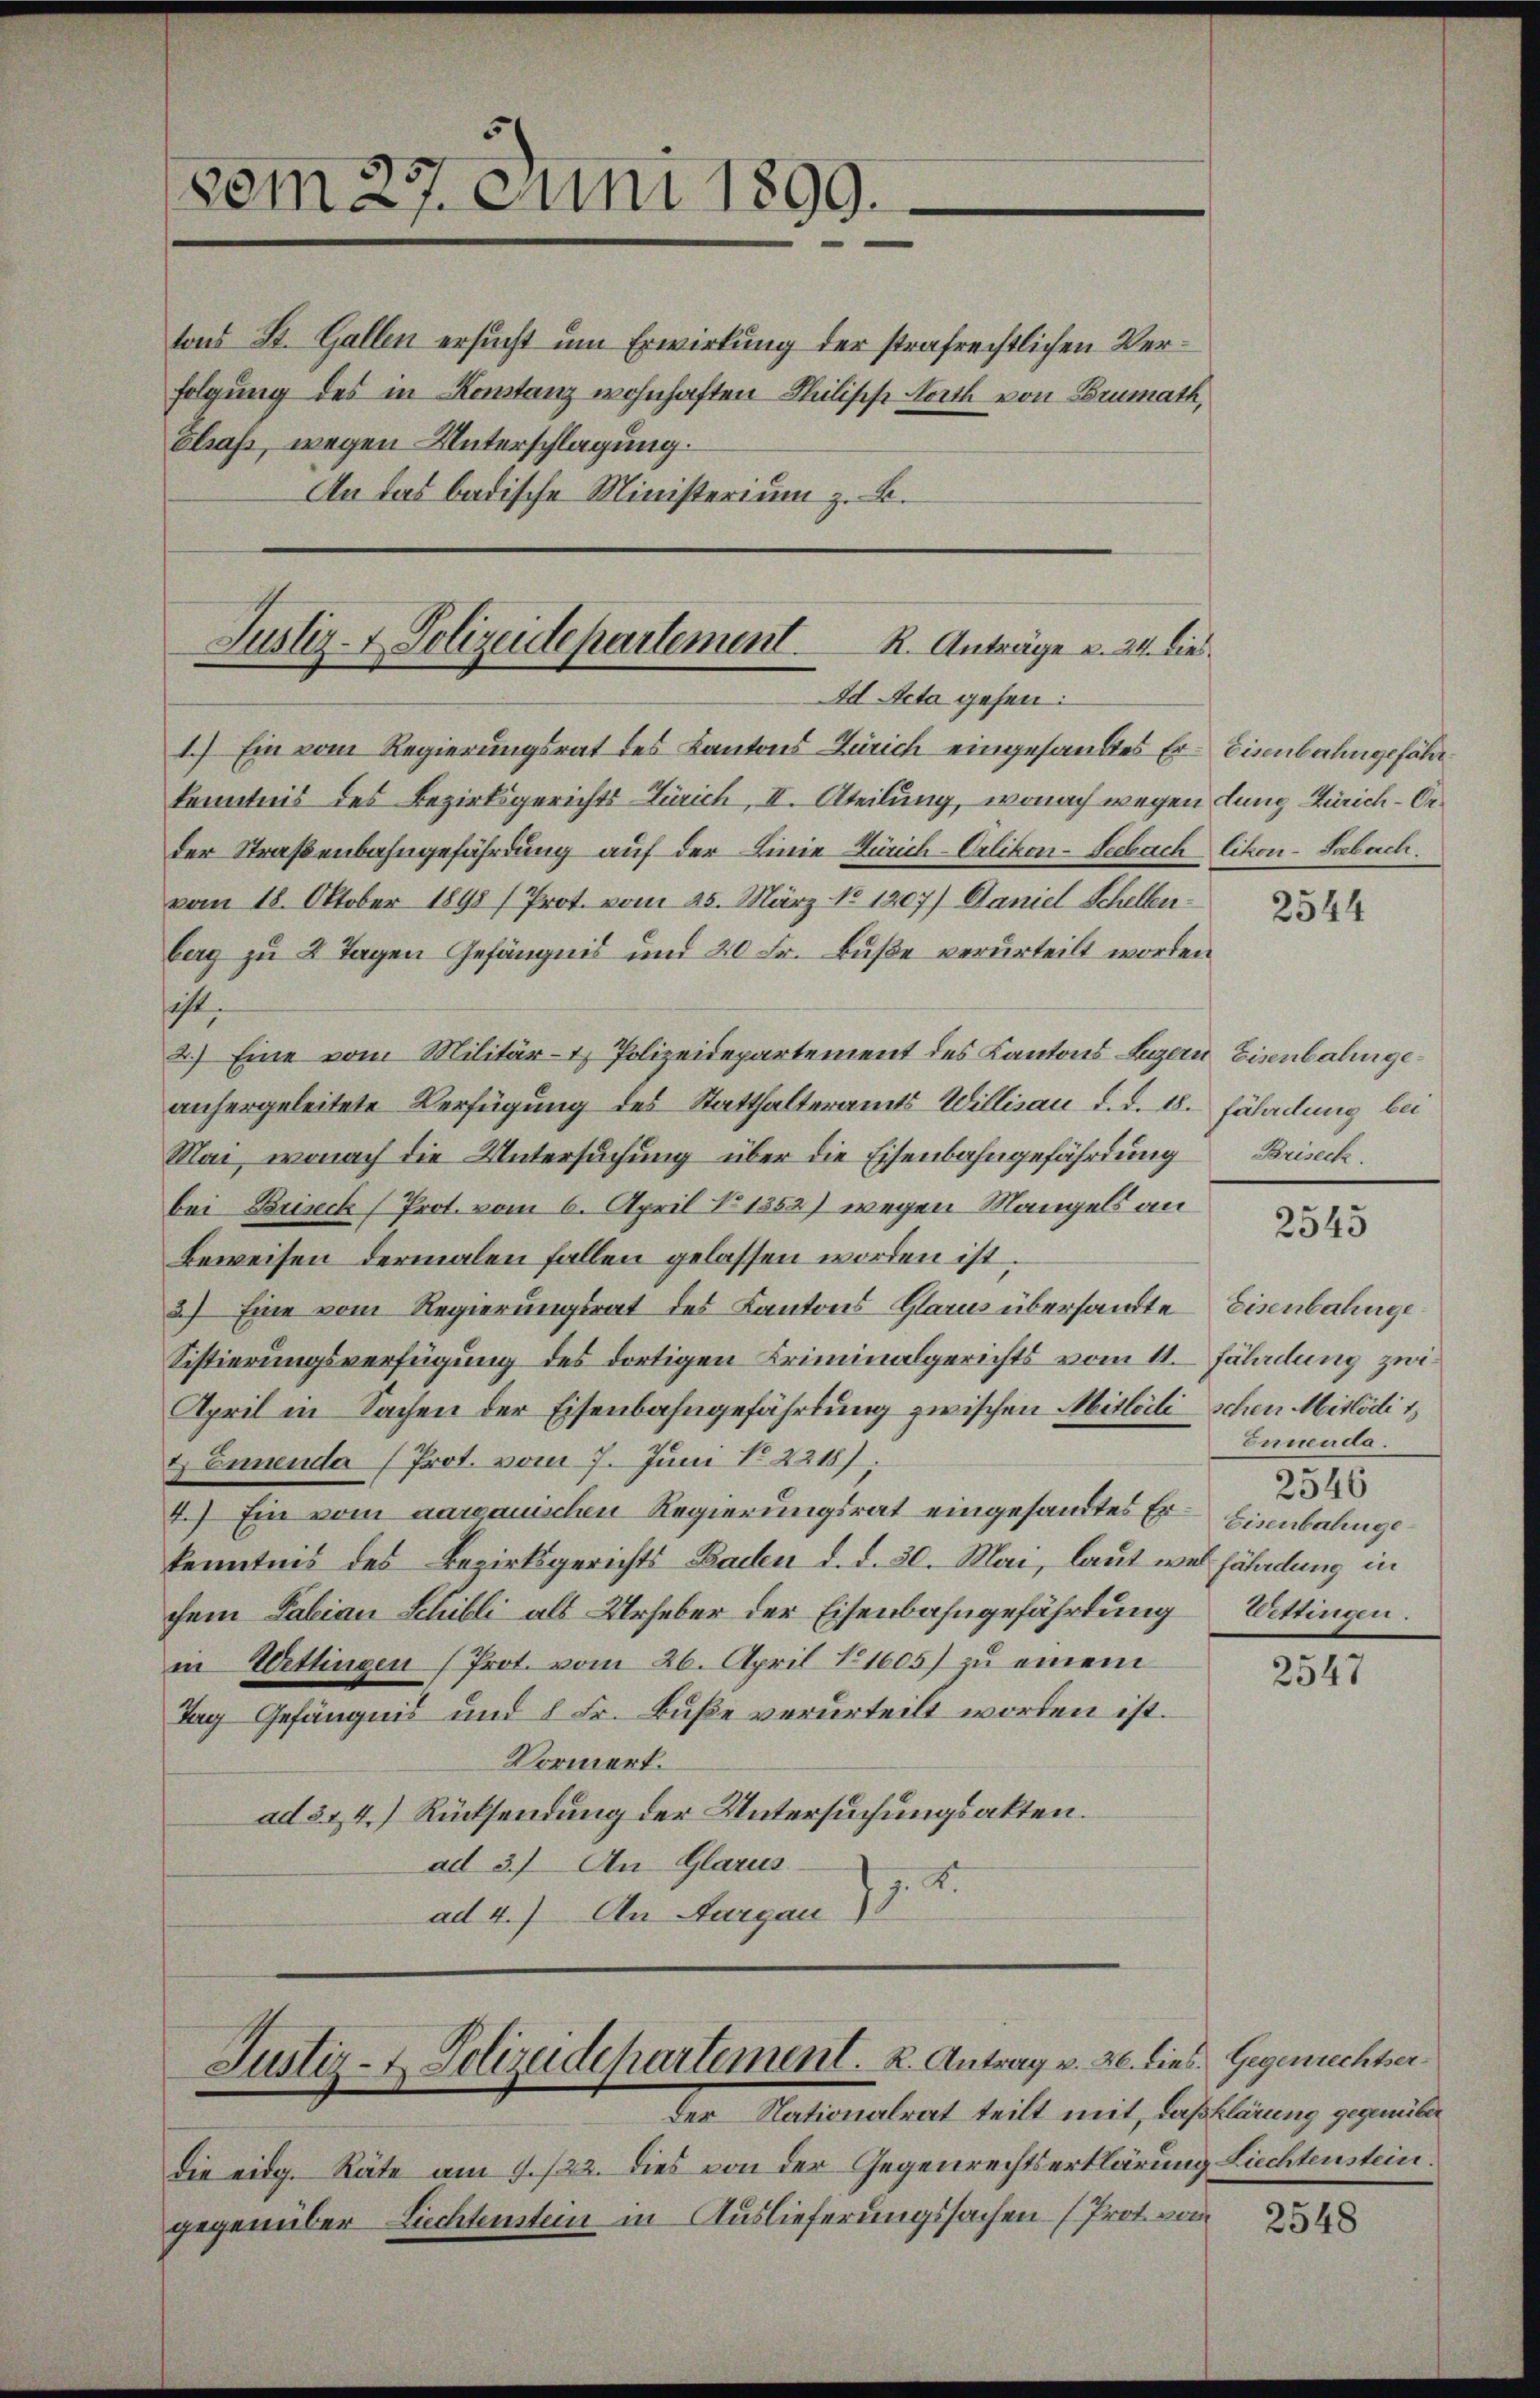
(vom 27. Juni 1899.

tons St. Gallen ersucht um Erwirkung der strafrechtlichen Verfolgung des in Kontanz wohnhaften Philische Noth von Brumath,
Elsaß, wegen Unterschlagung.
An das badische Ministerium z. B.

kenntnis des Bezirksgerichts-Zürich, II. Ateilung, wonach wegen dung Zürich-Order Straßenbahngefährdung auf der Linie Zürich-Crlikon-Seebach likon-Sabach.
vom 18. Oktober 1898 / Prot. vom 25. März No 1207) Daniel Schellenberg zu 2 Tagen Gefängnis und 20 Fr. Buße verurteilt worden
hist
2.) Eine vom Militär- & Polizeidepartement des Kantons Luzern Eisenbahngeanhergeleitete Verfügung des Statthalteramts Willisau d. d. 18. Fährdung bei
Mai, wonach die Untersuchung über die Eisenbahngefährdung
bei Briseck (Prot. vom 6. April No 1352) wegen Mangels an
Beweisen dermalen fallen gelassen worden ist.
3) Eine vom Regierungsrat des Kantons Glarus übersandte Eisenbahnge
Sistierungsverfügung des dortigen Kriminalgerichts vom 11. Fäladung zwi
April in Sachen der Eisenbahngefährtung zwischen Mitteilischen Mitlödi t
& Ennenda (Prot. vom 7. Juni No 2218).
4.) Ein vom aargauischen Regierungsrat eingesandtes Er-Einnbalinge
kenntnis des Bezirksgerichts Baden d. d. 30. Mai, laut wer fährdung in
chem Fabian Schilli als Urheber der Eisenbahngefährdung
in Wettingen (Prot. vom 26. April 1605) zu einem
Tag Gefängnis und 8 Fr. Buße verurteilt worden ist.
Vormerk.
ad 3 & 4.) Rücksendung der Untersuchungsakten.
ad 3.) An Glarus
. A.
1
ad 4.) An Aargau)

Justiz- & Polizeidepartement
R. Anträge u. 24. dies
Ad Acta gehen:
1.) Ein vom Regierungsrat des Kantons Zürich eingesandtes Er- Eisenbahngefähr¬

Justiz- & Polizeidepartement. K. Antrag v. 20. 2.
der Nationalrat teilt mit, daß klärung gegenüber

die eidg. Räte am 7./22. Dies von der Gegenrechtserklärung Liechtenstein.
gegenüber Liechteten in Auslieferungssachen (Prot. vom

2544

Briseck.

2545

Enneada.
2546
Wettingen.

2547

lies. Gegenrechtser-

2548